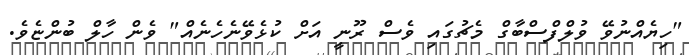
"ހިޔެއްނުވޭ ވުލްފްސްބާގް މެޗުގައި ވެސް ރޫނީ އަށް ކުޅެވޭނެހެނެއް" ވެން ހާލް ބުންޏެެވެ.